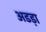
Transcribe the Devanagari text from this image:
अडड़ा